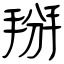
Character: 掰